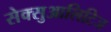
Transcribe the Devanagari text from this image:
सेक्सुआलिटिज